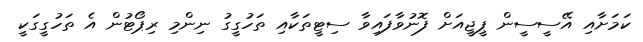
ކަމަށާއި އޭސީސީން ޕީޖީއަށް ފޮނުވާފައިވާ ސިޓީތަކާއި ތަހުގީގު ނިންމި ރިޕޯޓުން އެ ތަހުގީގަކީ